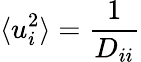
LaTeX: \langle u_{i}^{2}\rangle=\frac{1}{D_{ii}}